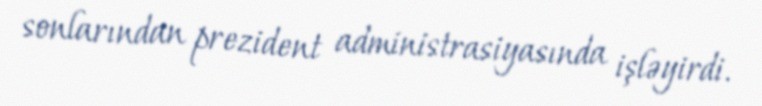
sonlarından prezident administrasiyasında işləyirdi.